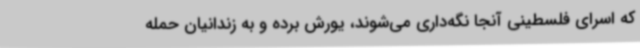
که اسرای فلسطینی آنجا نگه‌داری می‌شوند، یورش برده و به زندانیان حمله